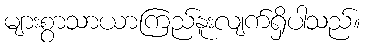
များစွာသာယာကြည်နူးလျက်ရှိပါသည်။